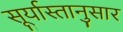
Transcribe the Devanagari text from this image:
सूर्यास्तानुसार